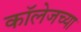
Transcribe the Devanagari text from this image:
काॅलेजच्या